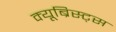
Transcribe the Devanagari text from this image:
क्यूब्रिस्ट्स